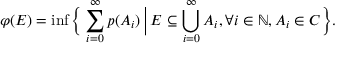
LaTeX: \varphi ( E ) = \operatorname* { i n f } { \biggl \{ } \sum _ { i = 0 } ^ { \infty } p ( A _ { i } ) \, { \bigg | } \, E \subseteq \bigcup _ { i = 0 } ^ { \infty } A _ { i } , \forall i \in \mathbb { N } , A _ { i } \in C { \biggr \} } .